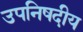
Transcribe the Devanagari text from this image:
उपनिषदीय